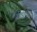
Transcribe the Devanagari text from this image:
हथियाह